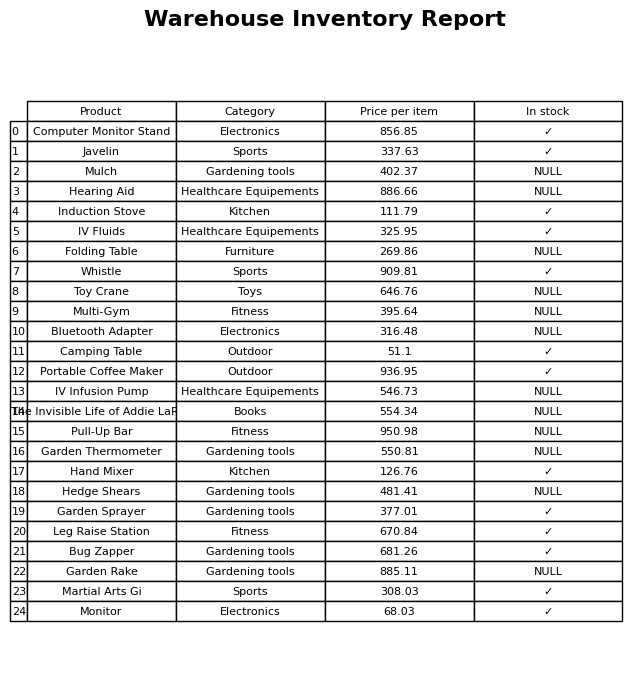
question: What is the price of the Camping Table?
answer: The price of Camping Table is 51.1.